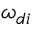
\omega _ { d i }